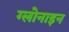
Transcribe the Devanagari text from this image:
ग्लोनाइन